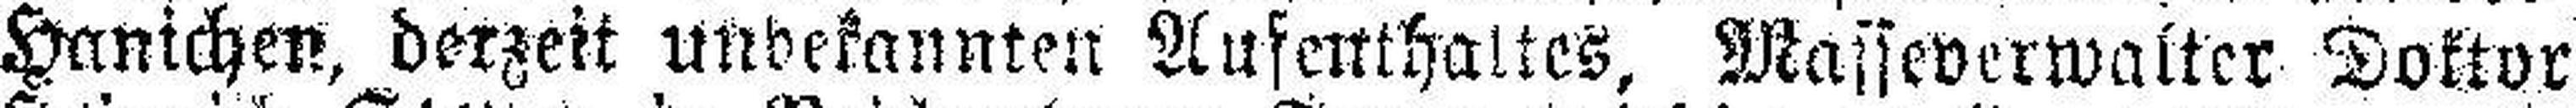
Hanichen, derzeit undekannten Aufenthaltes, Masseverwalter Doktor